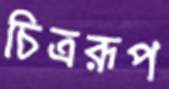
চিত্ররূপ